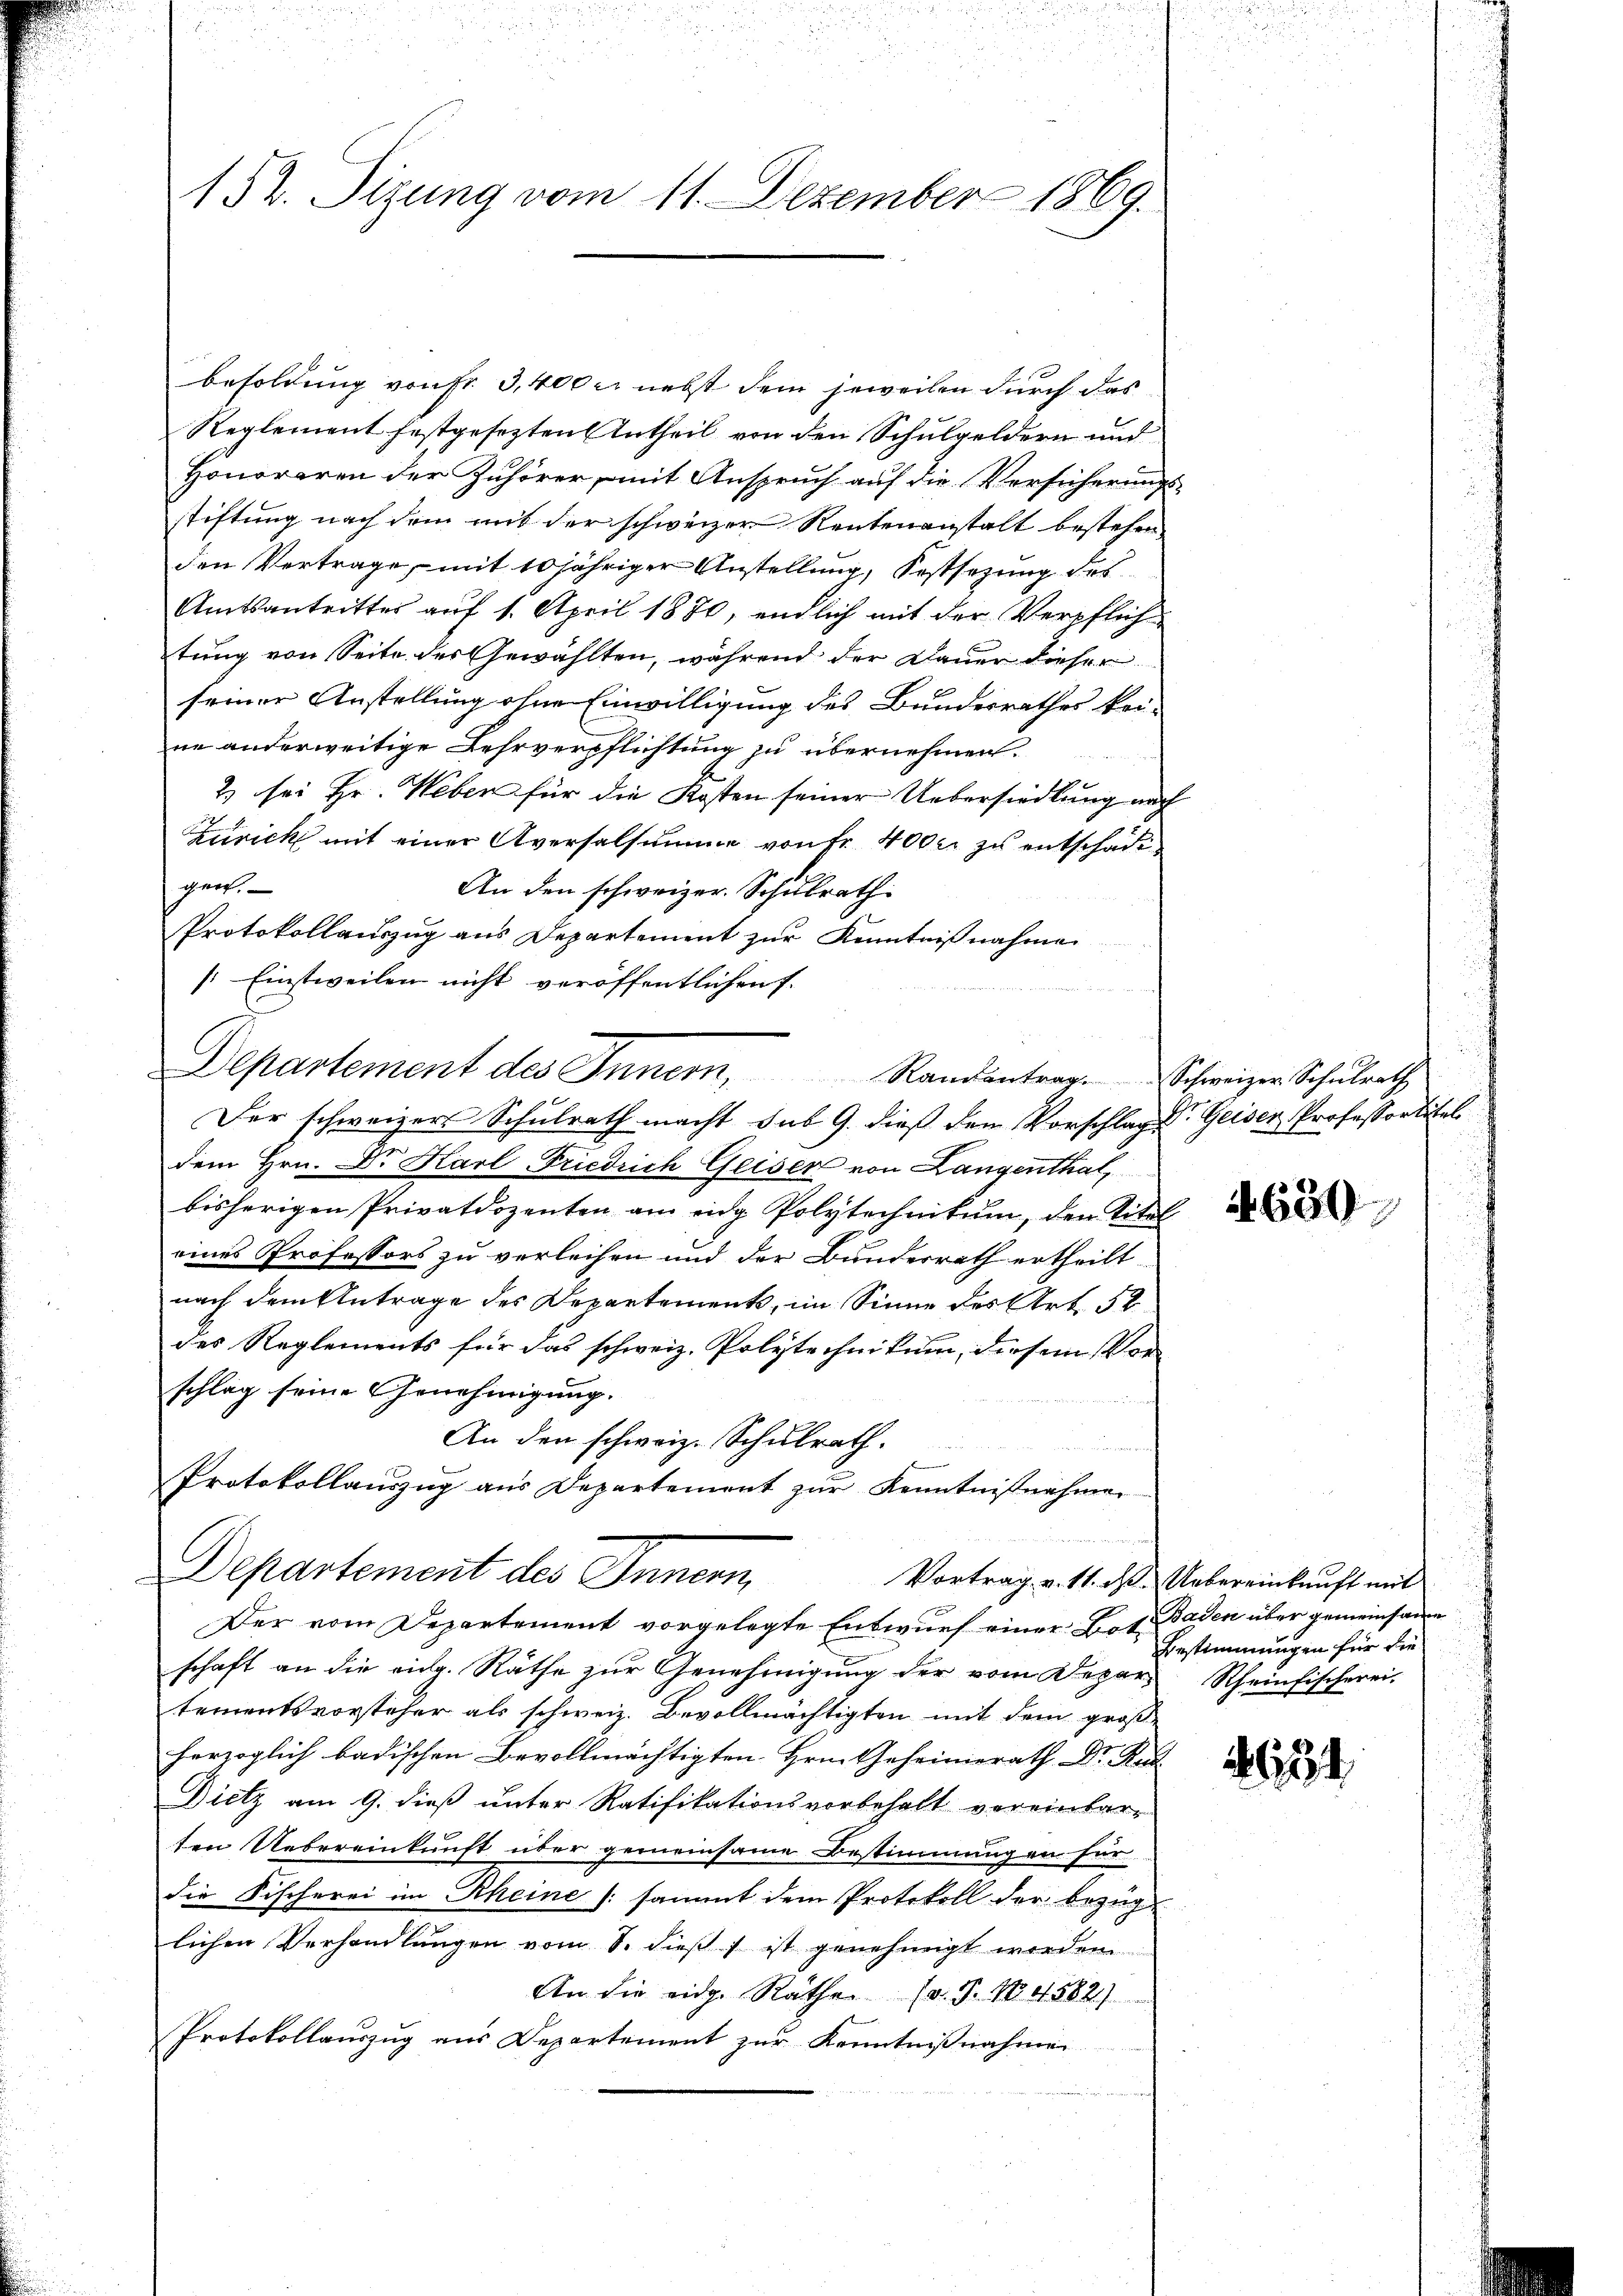
152. Sizung vom 11. Dezember 1869.

Besoldung von Fr. 3,400 M nebst dem jeweilen durch das
Reglement festgesezten Antheil von den Schulgeldern und
Honoraren der Zuhörer, mit Anspruch auf die Versicherungs-
stiftung nach dem mit der schweizer Rentenanstalt bestehen,
den Vertrage, mit 10 jähriger Anstellung, Festsezung des
Amtsantritter auf 1. April 1880, endlich mit der Verpflich
tung von Seite des Gewählten, während der Dauer dieser
seiner Anstellung ohne Einwilligung des Bundesrathes kei-
ne anderweitige Lehrverpflichtung zu übernehmen.
2) sei Hr. Weber für die Kosten seiner Uebersiedlung nach
Zürich mit einer Aversalsumme von fr. 400 er zu entschädigen.
An den schweizer. Schulrath
Protokollauszug aus Departement zur Kenntnißnahmen
[Einstweilen nicht veröffentlichen s
Der schweizers Schulrath macht sub 9. dieß den Vorschlag Geiser, Professortitel
dem Hrn. Dr. Karl Friedrich Geiser von Langenthal,
bisherigen Privatdozenten am eidg. Polytechnikum, den Titel
eines Professors zu verleihen und der Bunderrath ertheilt
nach dem Antrage des Departement, im Sinne des Art. 52
des Reglements für das schweiz. Polytechnikum, diesem Vorschlag seine Genehmigung.
An den schweiz. Schulrath.
Protokollauszug aus Departement zur Kenntnisnahmen
Departement des Innern,
Vortrag v. 11. ds. Uebereinkunft mit
Der vom Departement vorgelegte Entwurf einer Bot. Baden über gemeinsame
schaft an die eidg. Räthe zur Genehmigung der vom Depar- Rheinfischerei-
tementsvorsteher als schweiz. Bevollmächtigten mit dem groß-
herzoglich badischen Bevollmächtigten Hrn. Geheimerath Dr. Rud.
Dietz am 9. dieß unter Ratifikationsvorbehalt vereinbar-
ten Uebereinkunft über gemeinsame Bestimmungen für
die Fischerei im Rheine /:sammt dem Protokoll der bezüg-
lichen Verhandlungen vom 8. dieß ist genehmigt werden.
An die eidg. Rathe (v. J. N. 582)
Protokollauszug aus Departement zur Kenntnißnahmen

Departement des Innern, Randantrage Schweizer Schulrath

A. 630

Bestimmungen für die

434